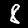
Label: 8